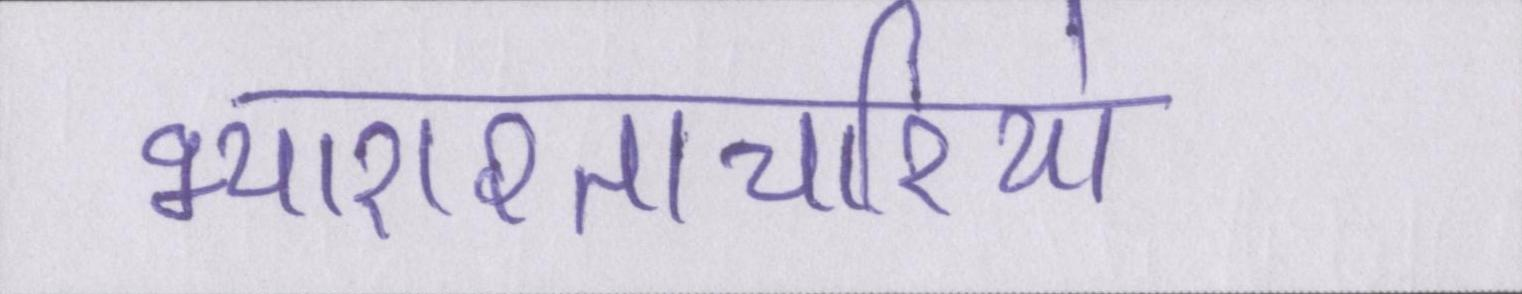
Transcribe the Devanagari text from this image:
भ्याराश्ताचारियो